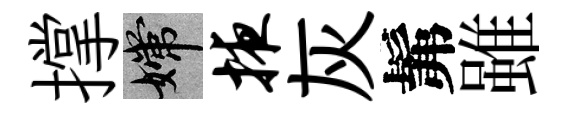
撑嫦掖灰髴雖